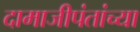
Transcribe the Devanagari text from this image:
दामाजीपंतांच्या